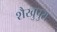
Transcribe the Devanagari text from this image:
शैखुपुरा